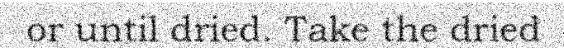
or until dried. Take the dried